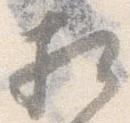
相